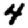
Digit: 4